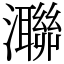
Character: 㶌